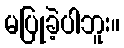
မပြုခဲ့ပါဘူး။